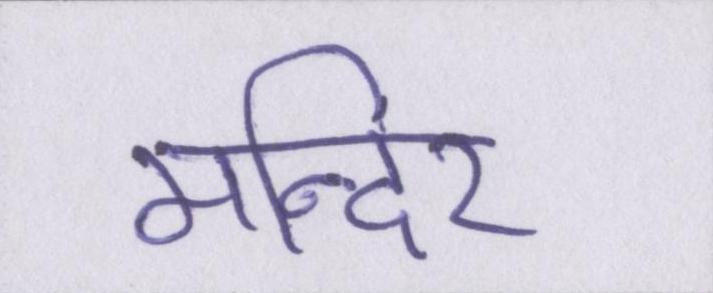
मन्दिर